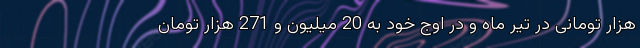
هزار تومانی در تیر ماه و در اوج خود به 20 میلیون و 271 هزار تومان